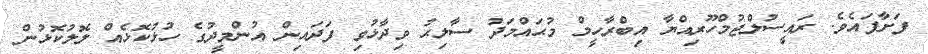
ފަށާފައެވެ. ރައީސުލްޖުމްހޫރިއްޔާ އިބްރާހީމް މުޙައްމަދު ސާލިޙު ވިދާޅުވި ފަދައިން އުންމީދުގެ ހުޅުކޮޅެއް ލޮލުކޮޅުން